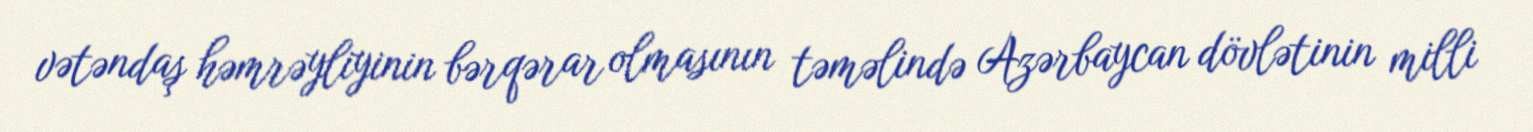
vətəndaş həmrəyliyinin bərqərar olmasının təməlində Azərbaycan dövlətinin milli